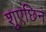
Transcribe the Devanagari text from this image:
शुएछिन